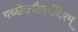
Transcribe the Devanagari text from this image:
गच्छेज्जैनमंदिरम्‌